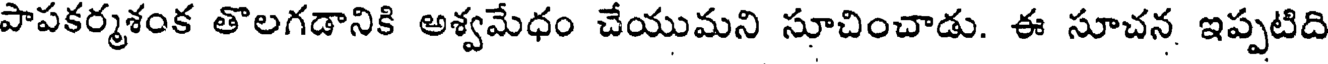
పాపకర్మశంక తొలగడానికి అశ్వమేధం చేయుమని సూచించాడు. ఈ సూచన ఇప్పటిది